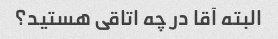
البته آقا در چه اتاقی هستید؟